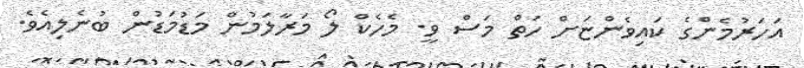
އަހަރުމެންގެ ކައިވެންޏަށް ހަތް މަސް ވީ. މެހެކް ލޯ މަރާލަމުން މަޑުމަޑުން ބުނެލިއެވެ.